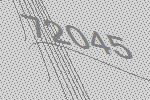
72045